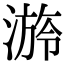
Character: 𣻒